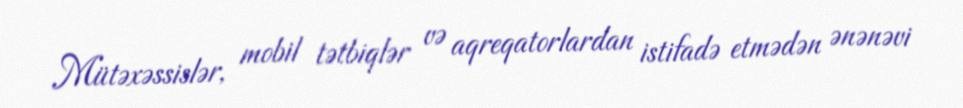
Mütəxəssislər, mobil tətbiqlər və aqreqatorlardan istifadə etmədən ənənəvi